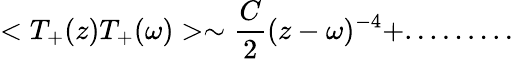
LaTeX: <T_{+}(z)T_{+}(\omega)>\sim\frac{C}{2}(z-\omega)^{-4}+.........